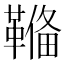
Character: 𩌎